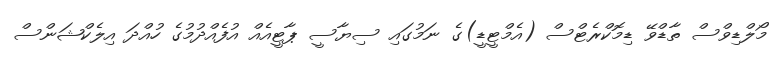
މޯލްޑިވްސް ތާޑްވޭ ޑިމޮކްރެޓްސް (އެމްޓީޑީ)ގެ ނަމުގައި ސިޔާސީ ޕާޓީއެއް އުފެއްދުމުގެ ހުއްދަ އިލެކްޝަންސް